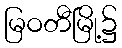
မြဝတီမြို့၌